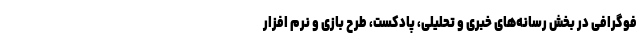
فوگرافی در بخش رسانه‌های خبری و تحلیلی، پادکست، طرح بازی و نرم افزار